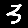
Digit: 3